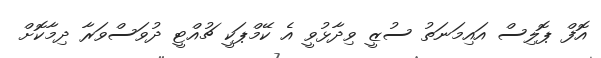
އޮފް ޕޮލިސް އައިމަނަތު ސުޒީ ވިދާޅުވީ އެ ކޭމްޕަކީ ޗުއްޓީ ދުވަސްވަރާ ދިމާކޮށް